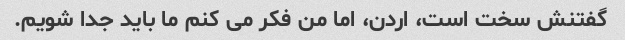
گفتنش سخت است، اردن، اما من فکر می کنم ما باید جدا شویم.